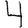
Digit: 4